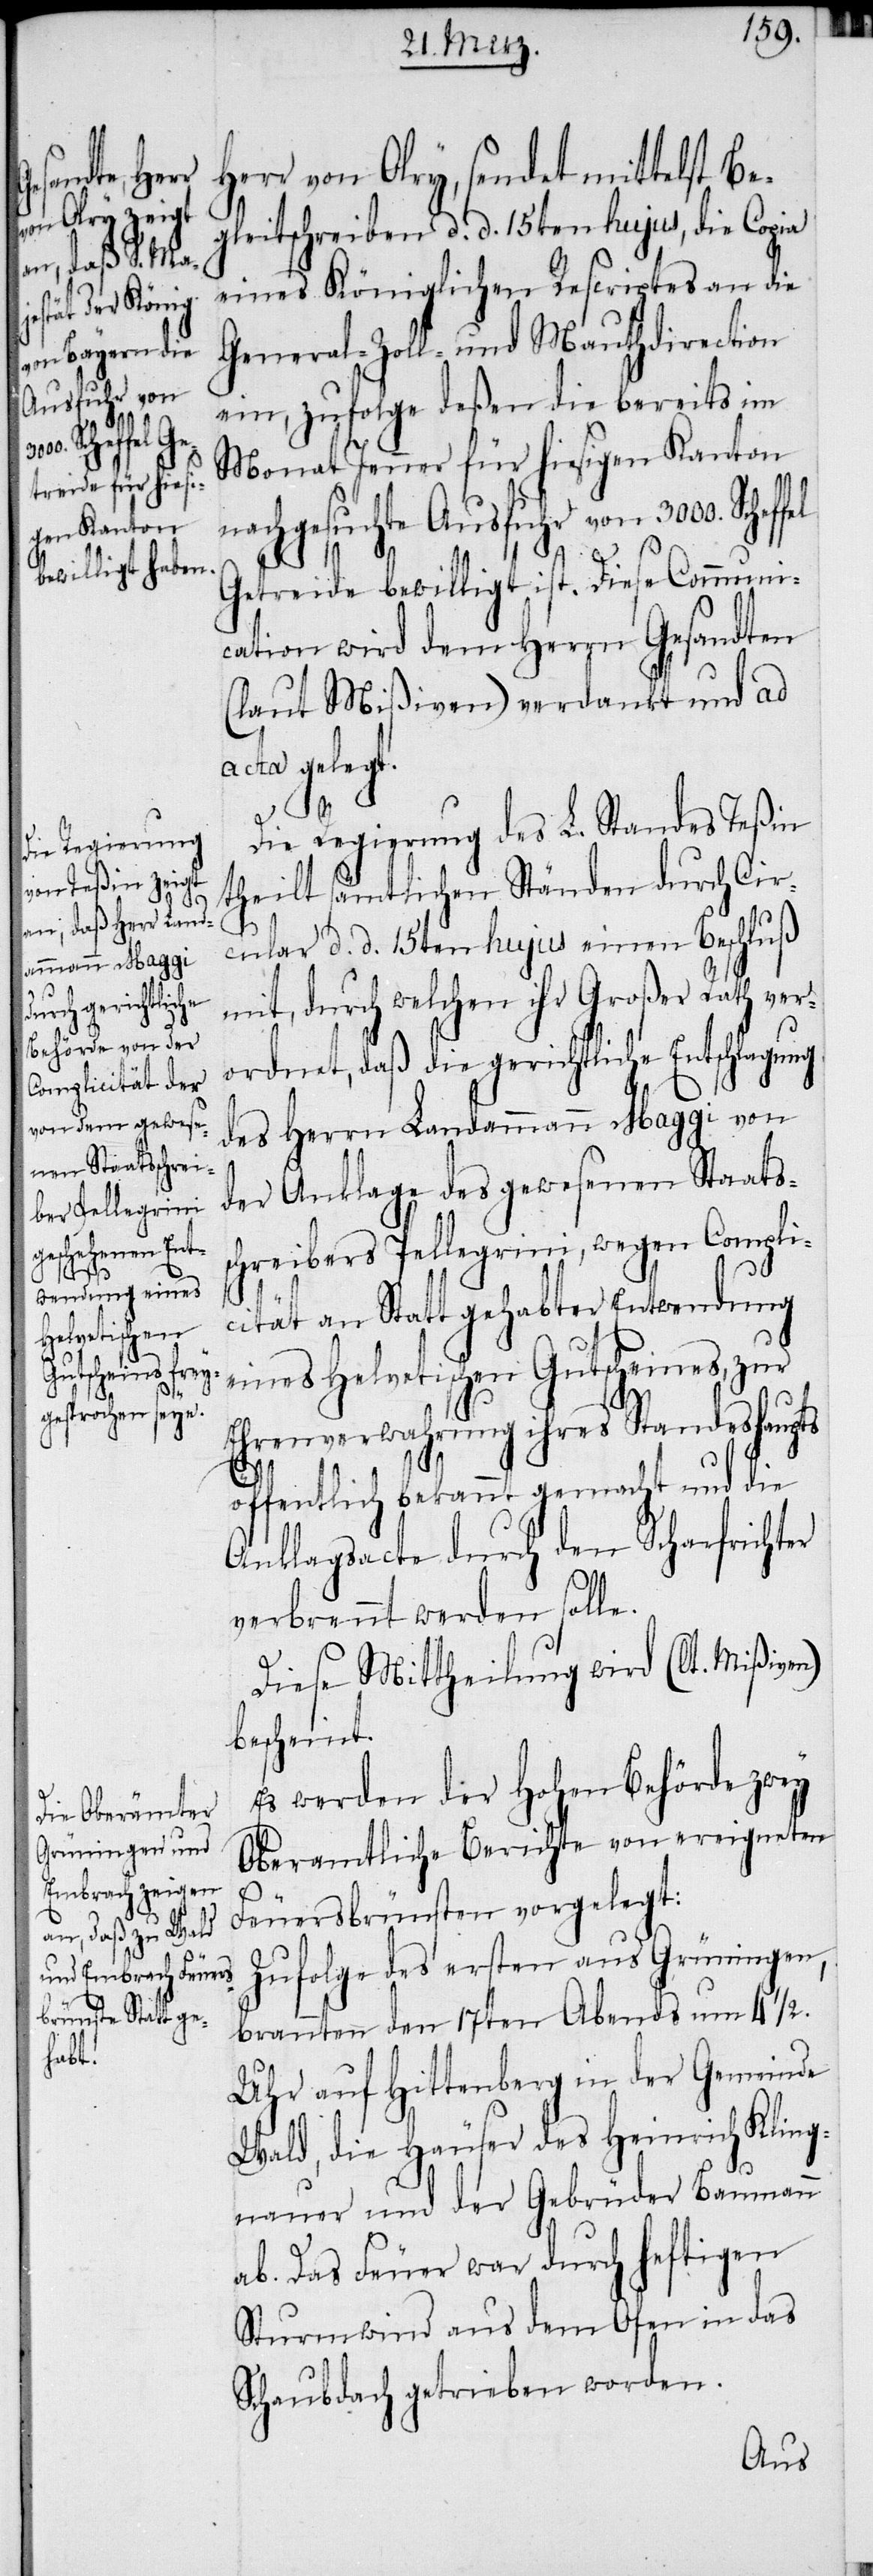
fel

Herr von Olry, sendet mittelst Be¬
gleitschreiben d. d. 15ten hujus, die Copia
eines Königlichen Rescriptes an die
General-Zoll- und Mauthdirection
ein, zufolge deßen die bereits im
Monat Jenner für hiesigen Kanton
nachgesuchte Ausfuhr von 3000. Schef¬
Getreide bewilligt ist. Diese Communi¬
cation wird dem Herrn Gesandten
(laut Mißiven) verdankt und ad
acta gelegt.
Die Regierung des L. Standes Teßin
theilt sämtlichen Ständen durch Cir¬
cular d. d. 15ten hujus einen Beschluß
mit, durch welchen ihr Großer Rath ver¬
ordnet, daß die gerichtliche Entschlagung
des Herrn Landammann Maggi von
der Anklage des gewesenen Staatss¬
chreibers Pellegrini, wegen Compli¬
cität an Statt gehabter Entwendung
eines Helvetischen Gutscheines, zur
Ehrenverwahrung ihres Standeshaupts
öffentlich bekannt gemacht und die
Anklagsacte durch den Scharfrichter
verbrennt werden solle.
Diese Mittheilung wird (lt. Mißiven)
bescheint.
Es werden der Hohen Behörde zwey
Oberamtliche Berichte von ereigneten
Feuersbrünsten vorgelegt:
Zufolge des ersten aus Grüningen,
brannten den 17ten Abends um 4 ½.
Uhr auf Hittenberg in der Gemeinde
Wald, die Häuser des Heinrich Kling¬
nauer und der Gebrüder Baumann
ab. Das Feuer war durch heftigen
Sturmwind aus dem Ofen in das
Schubdach getrieben worden.